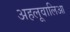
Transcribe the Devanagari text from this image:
अहलूवालिआ